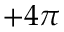
+ 4 \pi